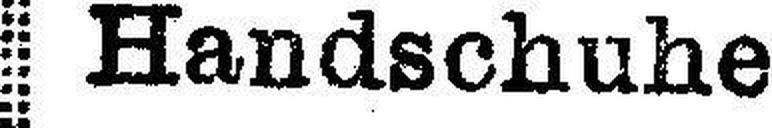
Handschuhe